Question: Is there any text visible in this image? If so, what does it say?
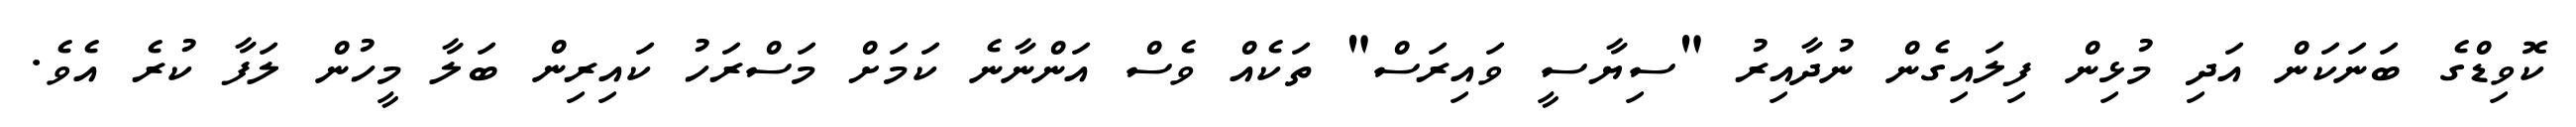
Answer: ކޮވިޑްގެ ބަނަކަން އަދި މުޅިން ފިލައިގެން ނުދާއިރު "ސިޔާސީ ވައިރަސް" ތަކެއް ވެސް އަންނާނެ ކަމަށް މަސްރަހު ކައިރިން ބަލާ މީހުން ލަފާ ކުރެ އެވެ.